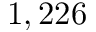
1 , 2 2 6